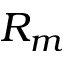
R _ { m }